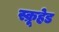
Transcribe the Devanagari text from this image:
स्क्रूहेड